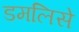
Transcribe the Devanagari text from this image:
डमलिसे